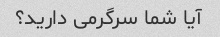
آیا شما سرگرمی دارید؟